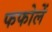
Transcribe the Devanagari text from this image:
फफोलें